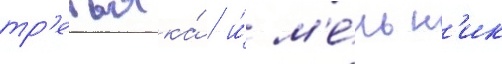
тр'етьяка́ / и́ м'е́льн'ик